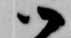
御